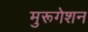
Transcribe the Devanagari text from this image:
मुरूगेशन